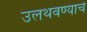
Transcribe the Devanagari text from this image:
उलथवण्याचे